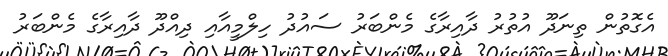
އެގޮތުން ތިނަދޫ އުތުރު ދާއިރާގެ މެންބަރު ސައުދު ހިލްމީއާއި ދިއްދޫ ދާއިރާގެ މެންބަރު